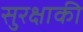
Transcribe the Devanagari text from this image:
सुरक्षाकी